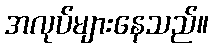
အလုပ်များနေသည်။